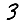
Digit: 3